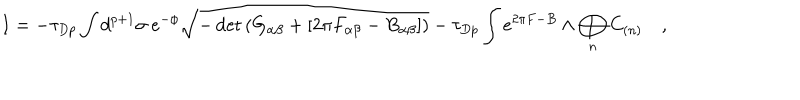
I = - \tau _ { D p } \int d ^ { p + 1 } \sigma \ e ^ { - \phi } \sqrt { - \det \left( G _ { \alpha \beta } + \left[ 2 \pi F _ { \alpha \beta } - B _ { \alpha \beta } \right] \right) } - \tau _ { D p } \int e ^ { 2 \pi F - B } \wedge \bigoplus _ { n } C _ { ( n ) } \quad ,